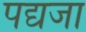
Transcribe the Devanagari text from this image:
पद्यजा